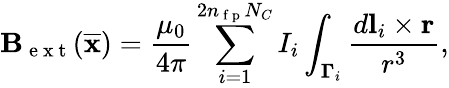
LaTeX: \mathbf B_{\mathrm{~e~x~t~}}(\overline{{\mathbf x}})=\frac{\mu_{0}}{4\pi}\sum_{i=1}^{2n_{\mathrm{~f~p~}}N_{C}}I_{i}\int_{\mathbf\Gamma_{i}}\frac{d\mathbf l_{i}\times\mathbf r}{r^{3}},